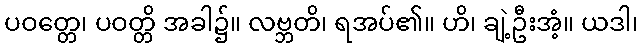
ပဝတ္တေ၊ ပဝတ္တိ အခါ၌။ လဗ္ဘတိ၊ ရအပ်၏။ ဟိ၊ ချဲ့ဦးအံ့။ ယဒါ၊